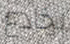
يخادع